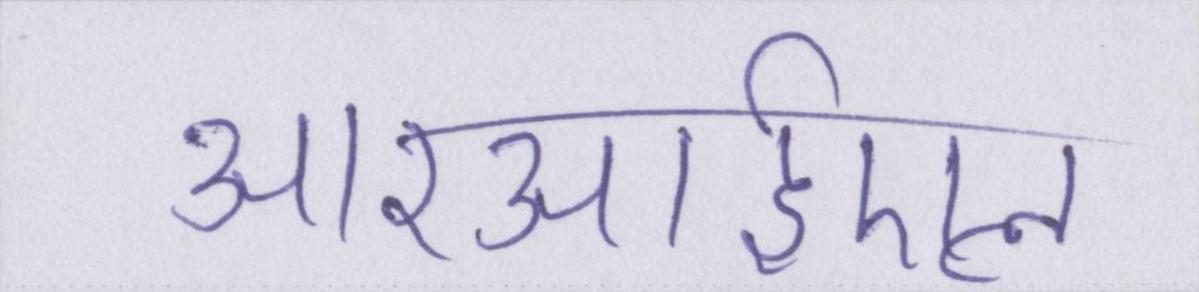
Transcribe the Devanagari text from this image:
आरआईएल